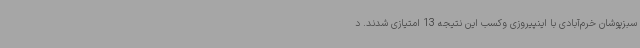
سبزپوشان خرم‌آبادی با اینپیروزی وکسب این نتیجه 13 امتیازی شدند. د